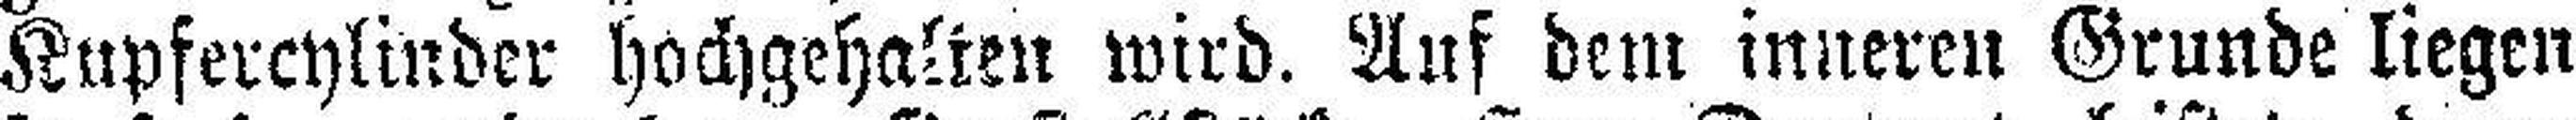
Kupfercylinder hochgehalten wird. Auf dem inneren Grunde liegen